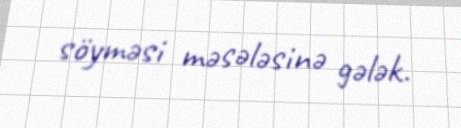
söyməsi məsələsinə gələk.